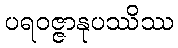
ပရဝဇ္ဇာနုပဿိဿ